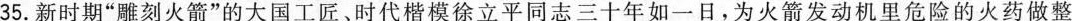
35.新时期”雕刻火箭”的大国工匠、时代楷模徐立平同志三十年如一日，为火箭发动机里危险的火药做整